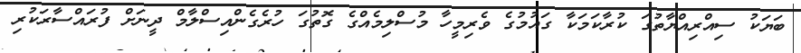
ބަޔަކު ސިއްރިއްޔާތުގަ ކުރާކަމަކާ ގައުމުގެ ވެރިމީހާ މުސްލިމެއްގެ ގޮތުގަ ހުރެގެންއިސްލާމް ދީނަށް ފުރައްސާރަކުރި